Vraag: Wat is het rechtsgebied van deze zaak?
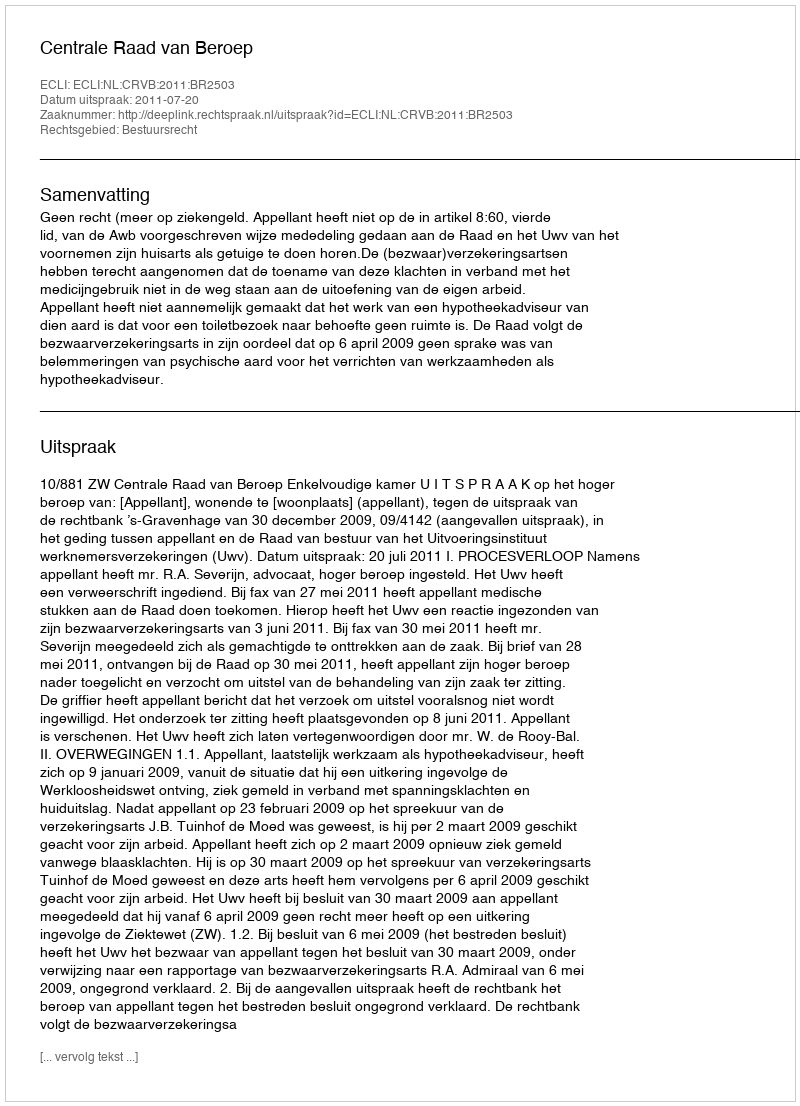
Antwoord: Bestuursrecht